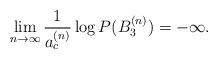
LaTeX: \begin{align*}\lim_{n\to\infty}\frac{1}{a_c^{(n)}}\log P(B_3^{(n)})=-\infty.\end{align*}